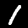
Label: 1